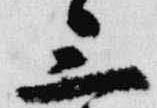
三